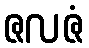
ဇလဇံ